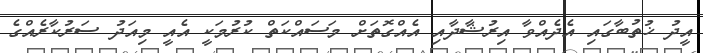
އީދު ޚުތުބާގައި އެދެއްވާ އިރުޝާދާއި އެއްގޮތަށް މަސައްކަތް ކުރުމަކީ އެއީ މިއަދު ސަރުކާރެއްގެ